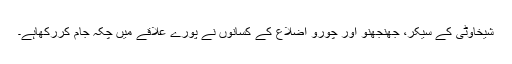
شیخاوٹی کے سیکر، جھنجھنو اور چورو اضلاع کے کسانوں نے پورے علاقے میں چکہ جام کررکھاہے۔